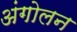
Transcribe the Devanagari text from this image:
अंगोलन